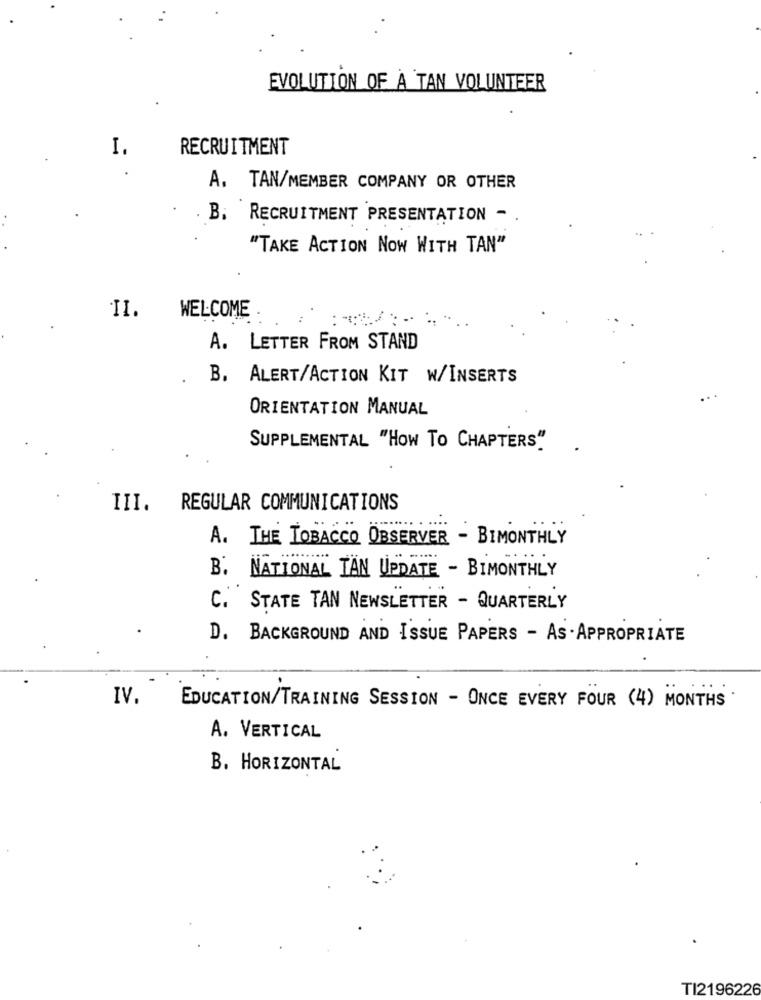
EVOLUTION OF À TAN VOLUNTEER
I.
RECRUITMENT
A. TAN/MEMBER COMPANY OR OTHER
. B. RECRUITMENT PRESENTATION -
"TAKE ACTION NOW WITH TAN"
II.
WELCOME
A. LETTER FROM STAND
B. ALERT/ACTION KIT W/INSERTS
ORIENTATION MANUAL
SUPPLEMENTAL "HOW TO CHAPTERS"
III. REGULAR COMMUNICATIONS
A. THE TOBACCO OBSERVER - BIMONTHLY
B. NATIONAL TAN UPDATE - BIMONTHLY
C. STATE TAN NEWSLETTER - QUARTERLY
D. BACKGROUND AND ISSUE PAPERS - AS . APPROPRIATE
IV.
EDUCATION/TRAINING SESSION - ONCE EVERY FOUR (4 ) MONTHS
A. VERTICAL
B. HORIZONTAL
TI2196226